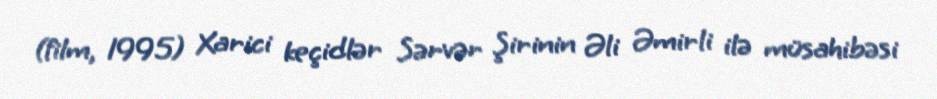
(film, 1995) Xarici keçidlər Sərvər Şirinin Əli Əmirli ilə müsahibəsi